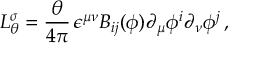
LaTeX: L _ { \theta } ^ { \sigma } = { \frac { \theta } { 4 \pi } } \, \epsilon ^ { \mu \nu } B _ { i j } ( \phi ) \partial _ { \mu } \phi ^ { i } \partial _ { \nu } \phi ^ { j } \, ,